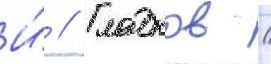
И́ // Гладков /